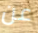
عن